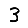
Digit: 3